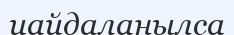
иайдаланылса